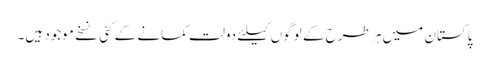
پاکستان میں ہر طرح کے لوگوں کیلئے دولت کمانے کے کئی نسخے موجود ہیں۔